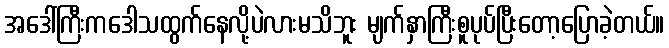
အဒေါ်ကြီးကဒေါသထွက်နေလို့ပဲလားမသိဘူး မျက်နှာကြီးစူပုပ်ပြီးတော့ပြောခဲ့တယ်။